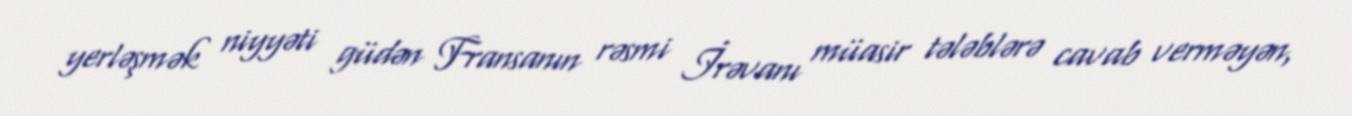
yerləşmək niyyəti güdən Fransanın rəsmi İrəvanı müasir tələblərə cavab verməyən,